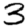
Digit: 3